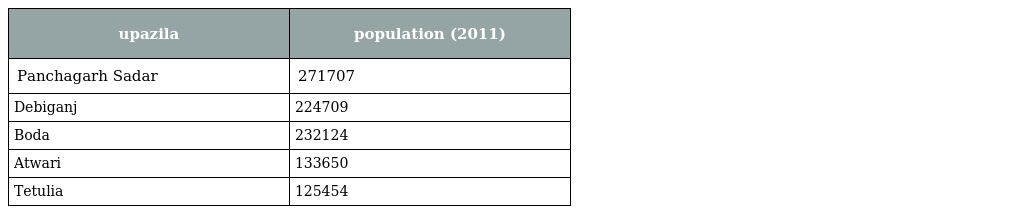
| upazila | population (2011) |
 | --- | --- |
 | Panchagarh Sadar | 271707 |
 | Debiganj | 224709 |
 | Boda | 232124 |
 | Atwari | 133650 |
 | Tetulia | 125454 |